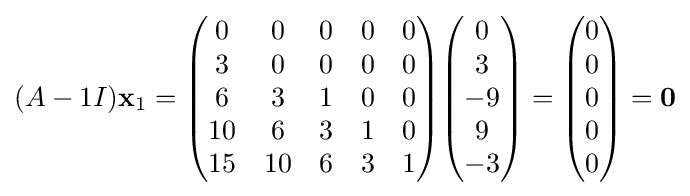
(A-1I)\mathbf {x} _{1}={\begin{pmatrix}0&0&0&0&0\\3&0&0&0&0\\6&3&1&0&0\\10&6&3&1&0\\15&10&6&3&1\end{pmatrix}}{\begin{pmatrix}0\\3\\-9\\9\\-3\end{pmatrix}}={\begin{pmatrix}0\\0\\0\\0\\0\end{pmatrix}}=\mathbf {0}